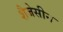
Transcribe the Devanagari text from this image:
शैजेसीन